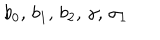
b _ { 0 } , \, b _ { 1 } , \, b _ { 2 } , \, \gamma , \, \sigma _ { 1 }